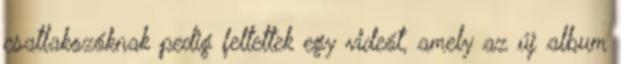
csatlakozóknak pedig feltettek egy videót, amely az új album